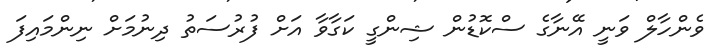
ވެންހާލް ވަނީ އޭނާގެ ސްކޮޑުން ޝިންގީ ކަގާވާ އަށް ފުރުސަތު ދިނުމަށް ނިންމައިފަ